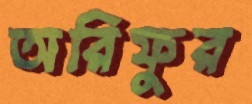
অরিফুর